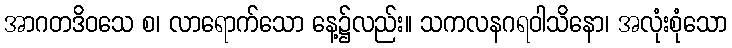
အာဂတဒိဝသေ စ၊ လာရောက်သော နေ့၌လည်း။ သကလနဂရဝါသိနော၊ အလုံးစုံသော